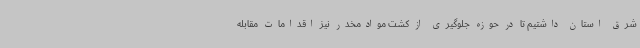
شرق استان داشتیم تا در حوزه جلوگیری از کشت موادمخدر نیز اقدامات مقابله